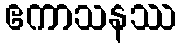
ဧကာသနဿ